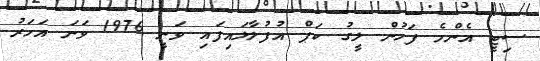
ސިޓީ އެންމެ ފަހުން ލީގު ކަޕް އުފުލާލައިފައި ވަނީ 1976 ވަނަ އަހަރު